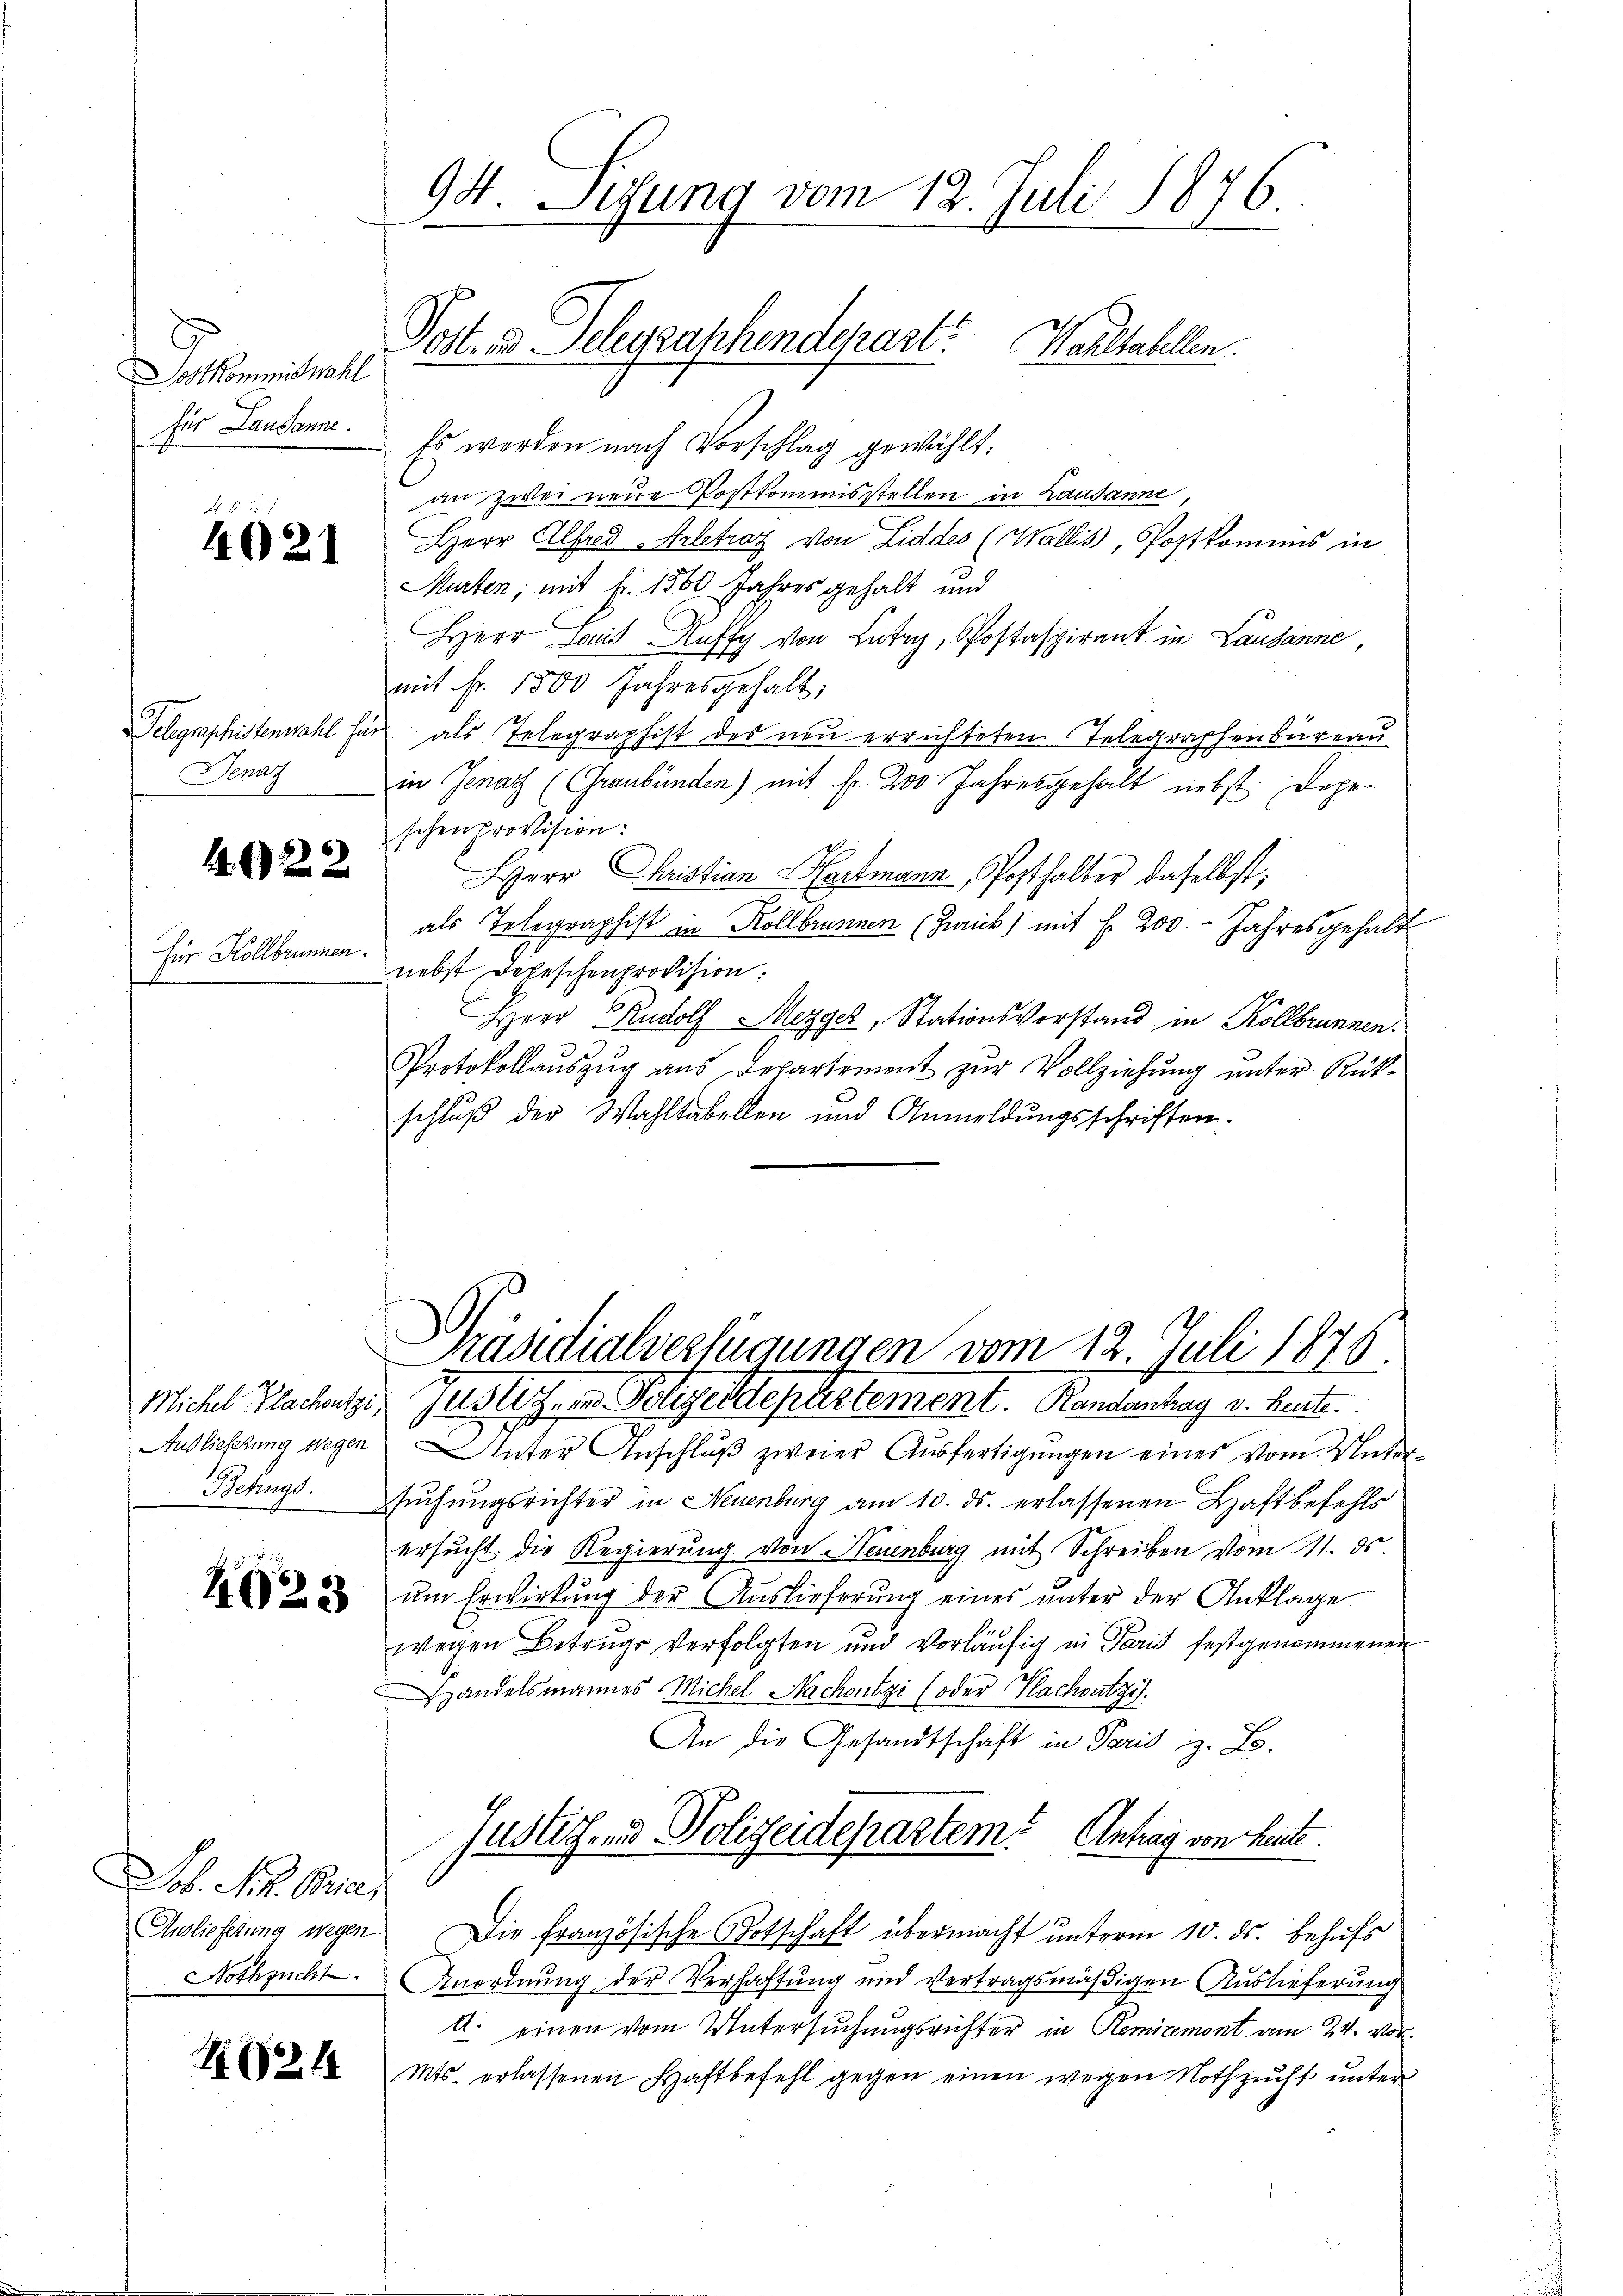
Sostkommiswahl
für Lausanne.

Jenaz

1. 19222

Für Kollbrunnen.

Michel Flachentz.
Auslieferung wegen
Betrugs

4025

1621

94. Sizung vom 12. Juli 1876.
Post. d. Gelegraphendeprast Waltabellen.

Es werden nach Vorschlag gewählt:
an zwei neue Postkommisstellen in Lausanne
2 Herr Alfred „Arbetrag von Liddes (Wallis, Postkomis in
Murten; mit Fr. 1560 Jahres gehalt und
Herr Louis Auffy von Lutry, Postaspirant in Lausanne,
mit Fr. 1500 Jahresgehalt:
Telegraphistenwahl für als Telegraphist des neu errichteten Telegraphenbüreau
in Jena (Graubünden) mit Fr. 200 Jahresgehalt nebst Depe-
schen provision:
Herr Christian Hartmann, Posthalter daselbst,
als Telegraphist in Kollbrunnen (Zwick) mit f. 200. - Jahres gehalt
nebst Depeschenprovision.
Herr Rudolf Mezger, Stationsvorstand in Kollbrunnen.
Protokollauszug aus Departement zur Vollziehung unter Rück-
schluß der Wahltabellen und Anmeldŭngsschriften.

Sol. M. R. Brie
Anslieferung wegen
Nothzucht.

Präsidialverfügungen vom 12. Juli 1876.

Justiz- und Polizeidepartement. Randantrag v. heute.
Unter Anschluß zweier Ausfertigungen eines vom Untersuchungsrichter in Neuenburg am 10. ds. erlassenen Haftbefehls
ersŭcht die Regierung von Neuenburg mit Schreiben vom 11. ds.
um Erwirkung der Auslieferung eines unter der Anklage
wegen Betrugs verfolgten und vorläufig in Paris festgenommenen
Handelsmannes Michel Nachoutzi (oder Nachsutzi
An die Gesandtschaft in Paris z. B.
Justichend Polizeidepartem Antrag von heute.
Die französische Botschaft übermacht unterm 10. ds. behufs
Anordnung der Verhaftung und vertragsmäßigen Auslieferung
A. einen vom Untersuchungsrichter in Remizemont am 24. vor¬
Mts. erlassenen Haftbefehl gegen einen wegen Nothzucht unter